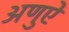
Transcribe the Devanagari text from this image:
अणुऐं